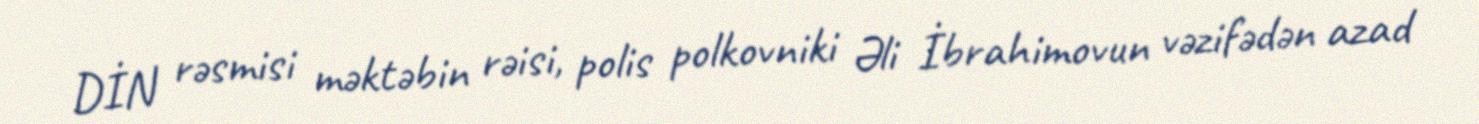
DİN rəsmisi məktəbin rəisi, polis polkovniki Əli İbrahimovun vəzifədən azad